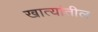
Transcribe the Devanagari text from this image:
खात्यांतील